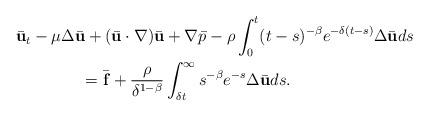
LaTeX: \begin{align*}&\bar{\mathbf{u}}_t-\mu\Delta \bar{\mathbf{u}}+(\bar{\mathbf{u}}\cdot\nabla)\bar{\mathbf{u}}+\nabla\bar{p}-\rho\int_0^t(t-s)^{-\beta}e^{-\delta(t-s)}\Delta \bar{\mathbf{u}}ds\\&\qquad\qquad=\bar{\mathbf{f}}+\frac{\rho}{\delta^{1-\beta}}\int_{\delta t}^\infty s^{-\beta}e^{-s}\Delta \bar{\mathbf{u}}ds.\end{align*}